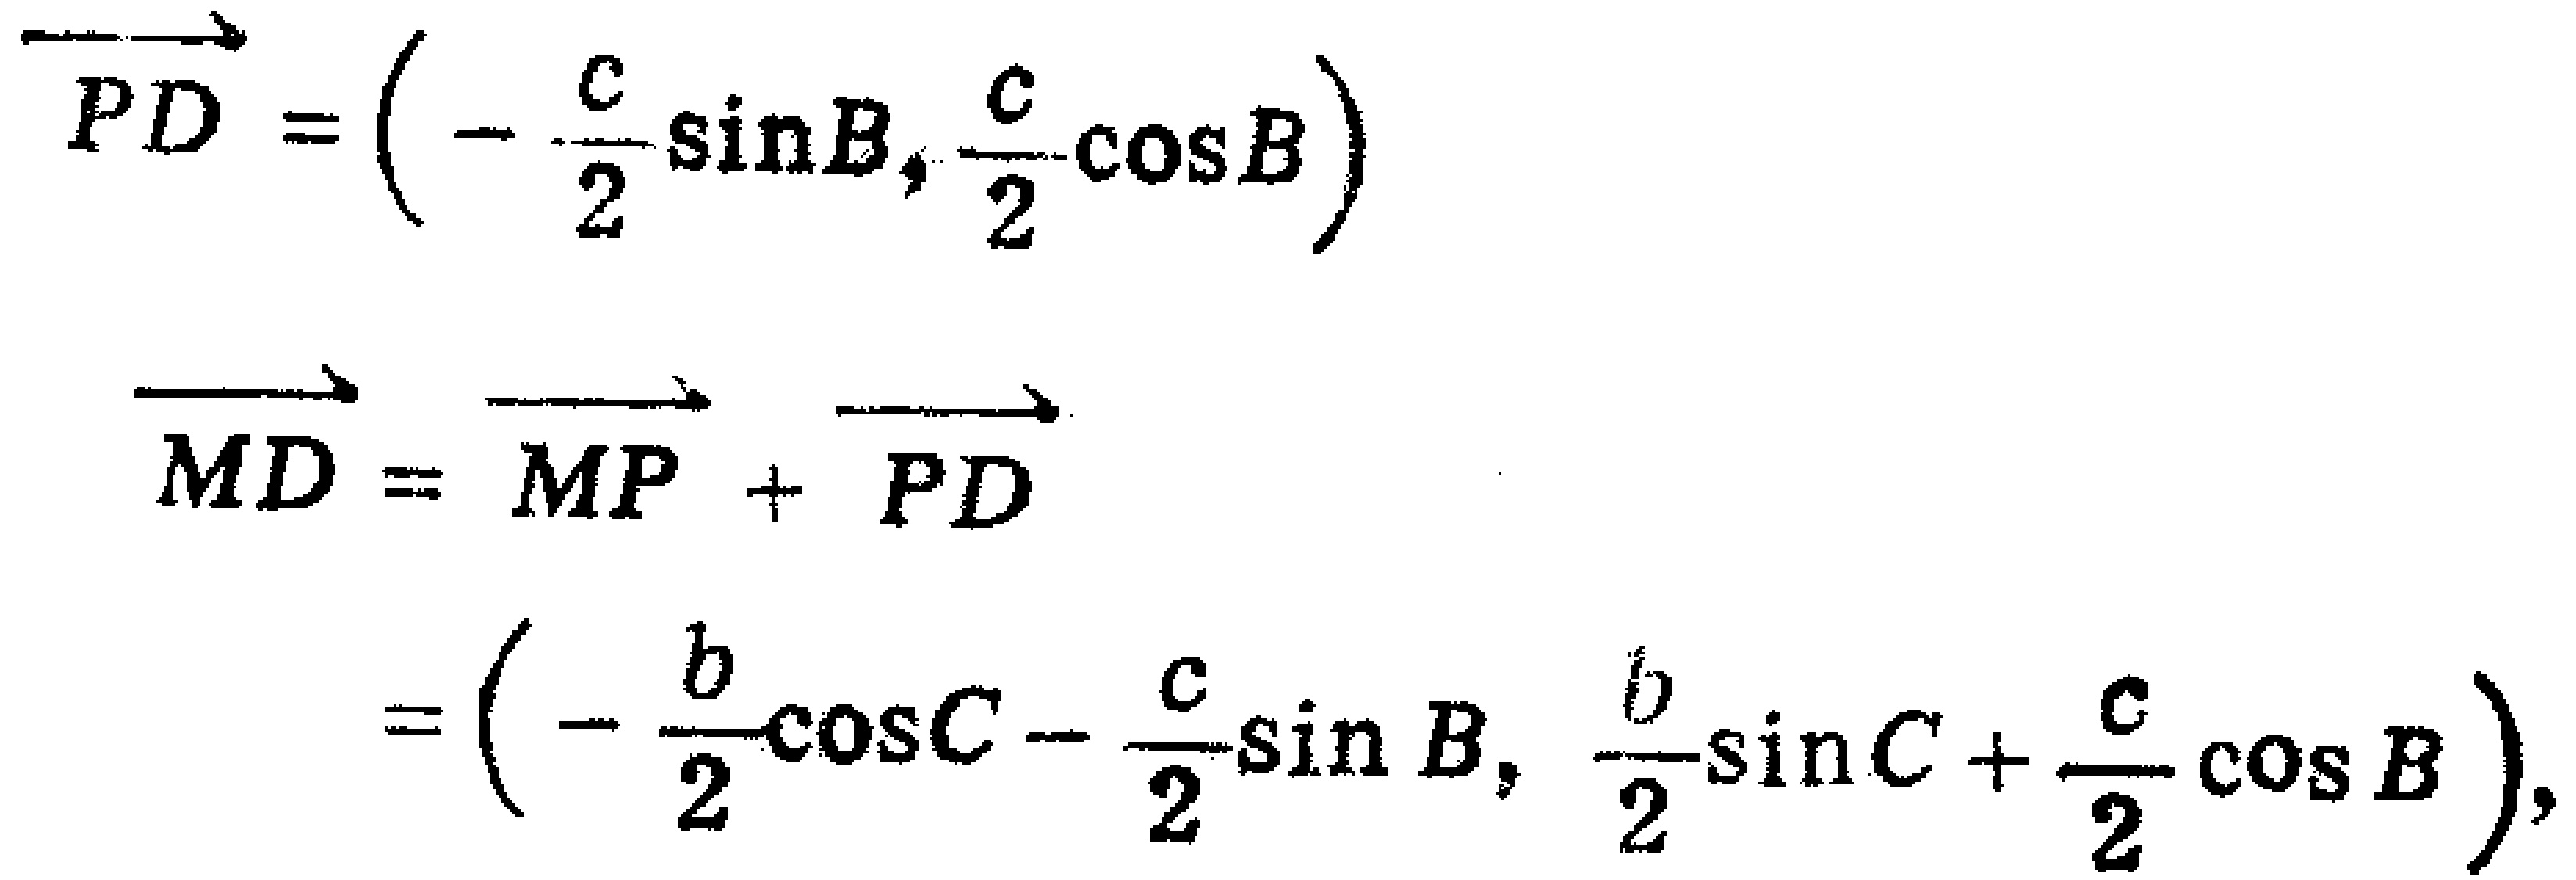
\[

\begin{align*}

\overrightarrow{PD}&=\left(-\frac{c}{2}\sin B,\frac{c}{2}\cos B\right)\\

\overrightarrow{MD}&=\overrightarrow{MP}+\overrightarrow{PD}\\

&=\left(-\frac{b}{2}\cos C - \frac{c}{2}\sin B,\frac{b}{2}\sin C+\frac{c}{2}\cos B\right),

\end{align*}

\]